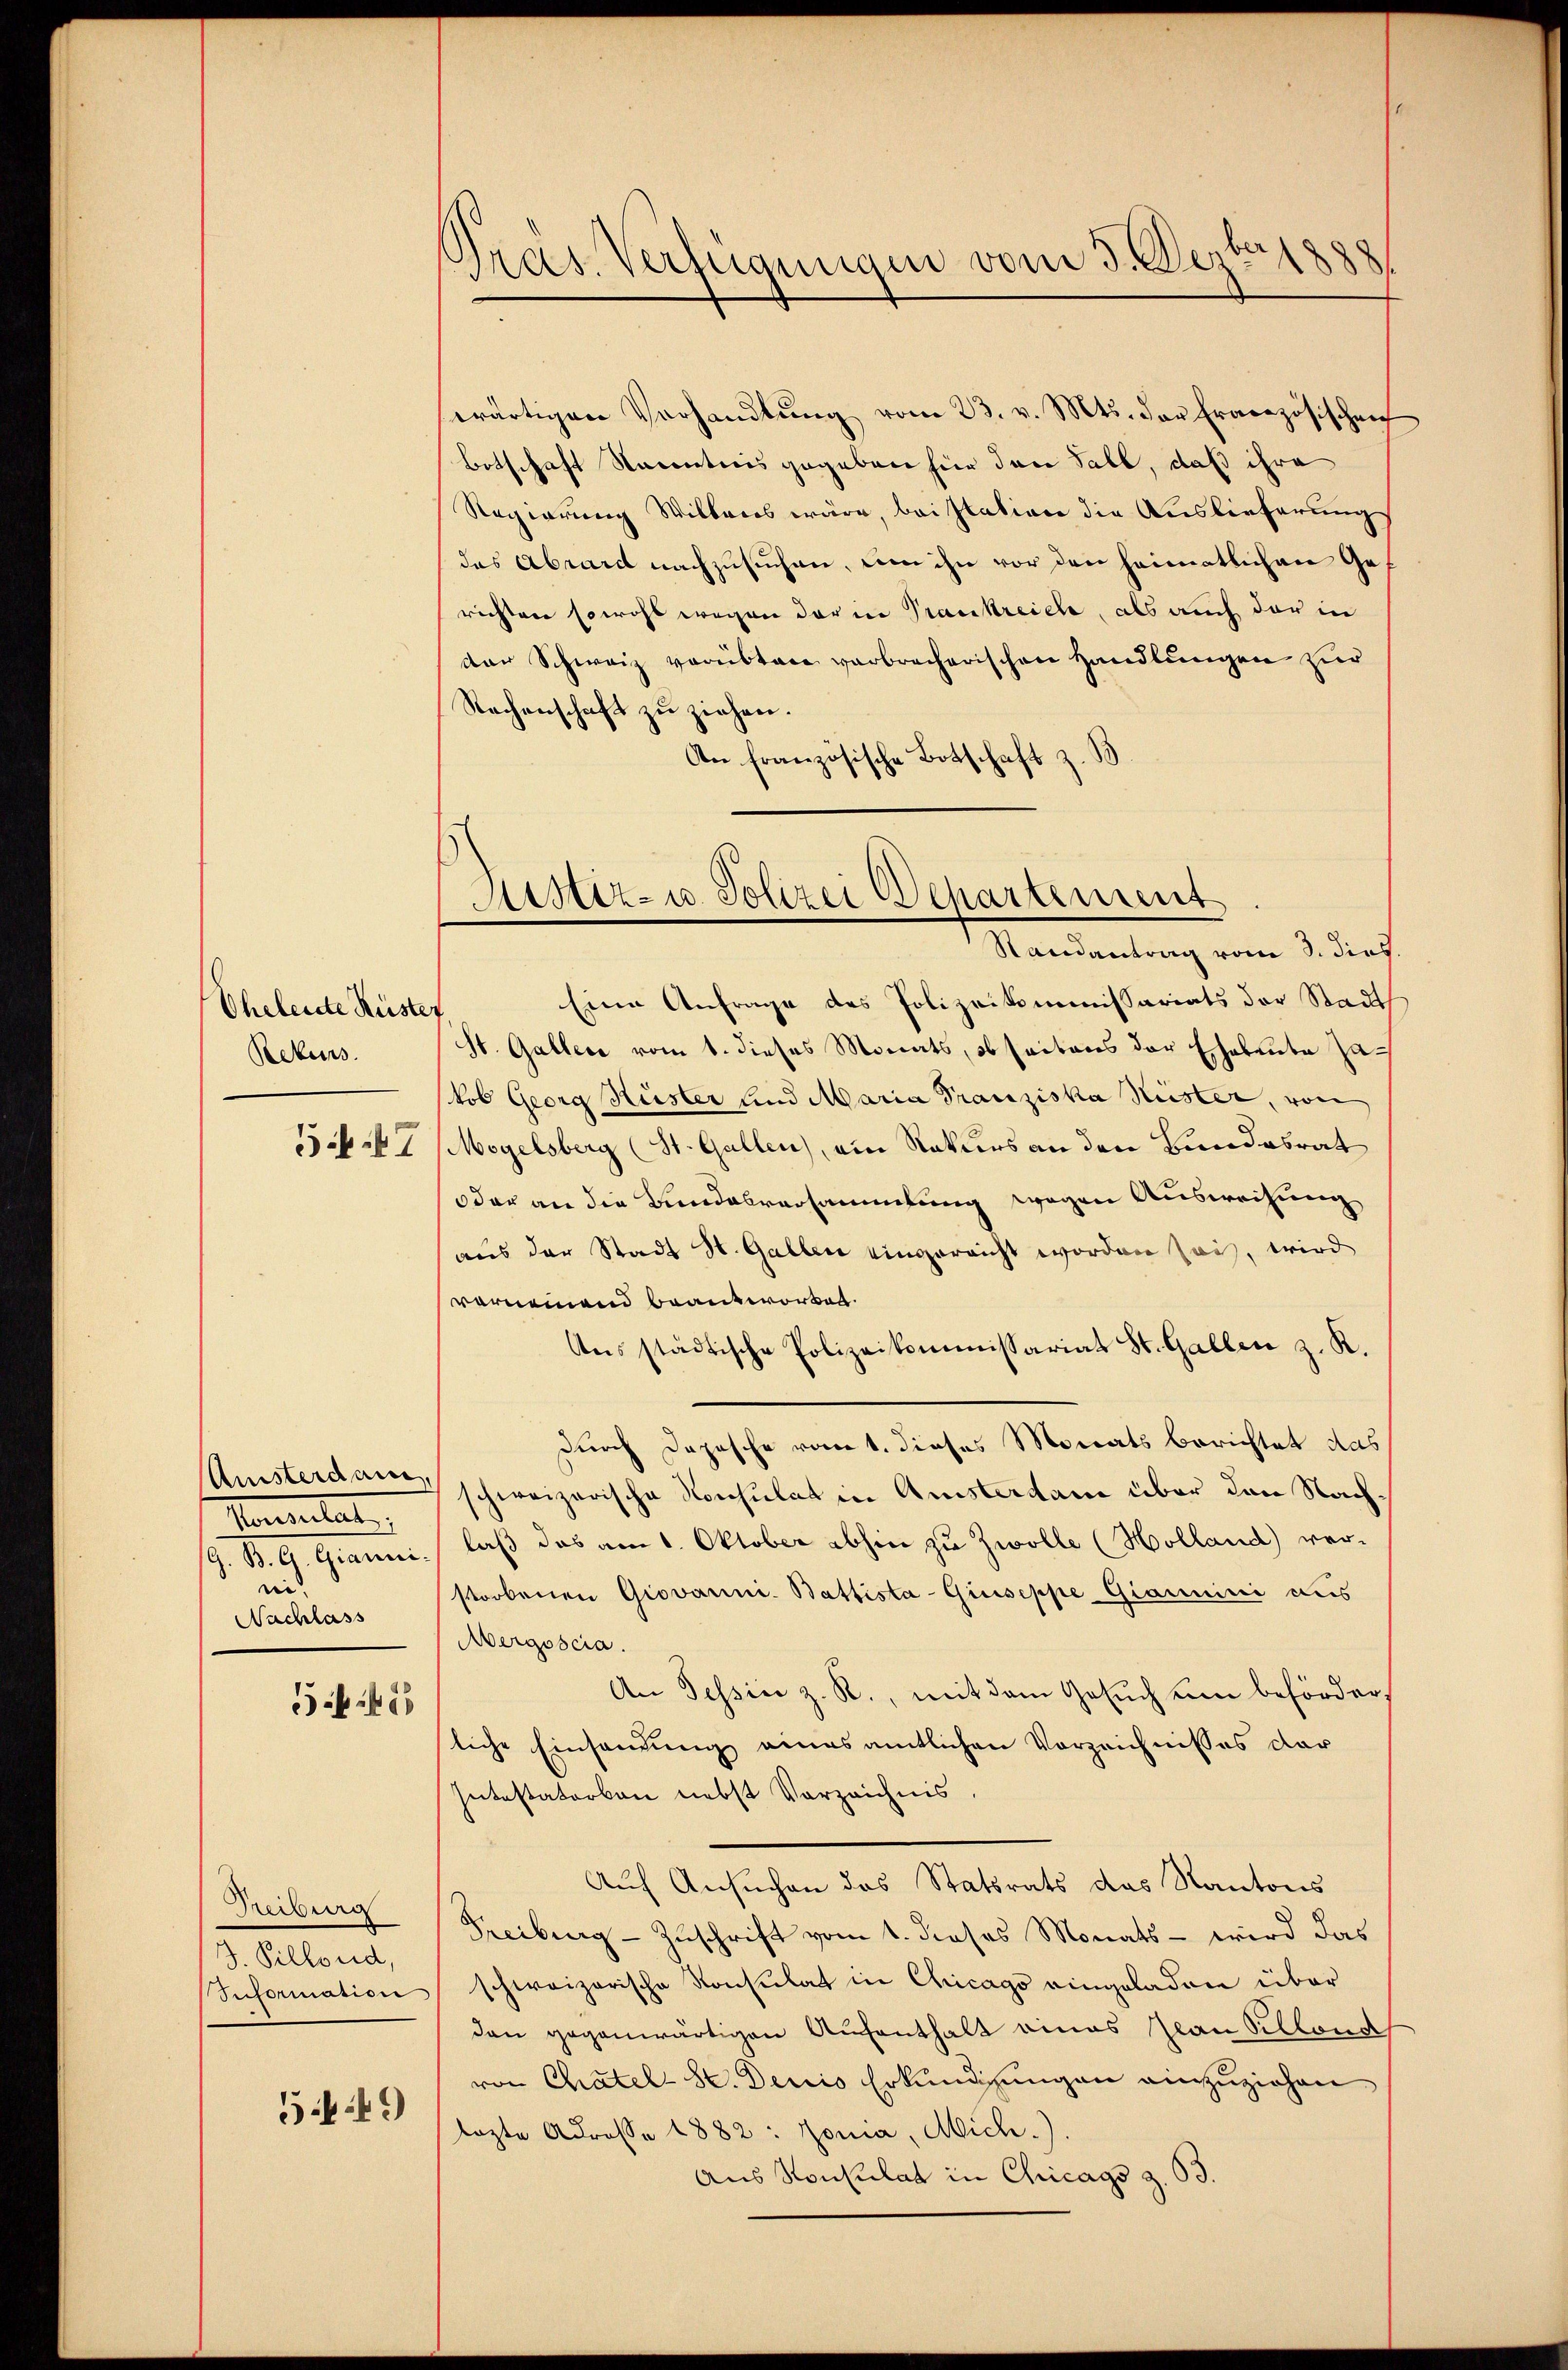
Eheleute Rüste
Rekurs
ik I

Anisterdam,
Vonsulat
G. K. A. Grauen
nn
Nachlass

455

Freiburg
B. Pillond,
Seformation

549)

wärtigen Verhandlŭng vom 23. v. Mts. der Französischen
Botschaft Nacentiis gegeben hier den Sall, daß ihre
Regierung Willens wäre, bei station die Auslieferungs
das Abrard nachzusuchen, um ihn vor den heimatlichen Gerichten sowohl wegen der in Prankreiche, als auch der in
der Schweiz verübten verbrecherischen Handlungen zur
Rachenschaft zu ziehen.
An französische Botschaft z.

.
Pras. Verfügungen vom 3. Jezt

Astiz- u Polizei Departement
Randantrag vom 3. dies

Eine Anfrage des Polizeikommissariats der Stadt
St. Galler vom 1. dieses Monats, obseitens der Eheleute Zakob Georg Küster und Maria Franziska Kister, von
Megelsberg (St. Gallen), ein Rekurs an den Bundesrat
oder an die Bundesversammlung wegen Ausweisung
aus der Stadt St. Gallen eingereicht worden sei, wird
verneinend beantworten.
Ausstädtische Polizeikommissariat St. Gallen z. R.
durch Depesche vom 1. dieses Monats berichtet das
schweizerische Konsulat in Amstertane über den Nachlaß das am 1. Oktober abhin zu Zwolle (Holland) ver-
storbenen Giovanni- Battista-Giuseppe Giammini aus
Aergoscia.
An Tessin z. R., mit dem Gesŭch um beförderliche Einsamung eines amtlichen Vorzeichnisses dar
Intestatorben nebst Vorzeichnis
Auf Ansuchen des Statsrats das Kantons
Freiburg - Zuschrift vom 1. dieses Monats - wird das
schweizerische Konsulat in Chicago eingeladen über
den gegenwärtigen Aufenthalt eines Jean Pillond
von Chatel Se. Decis Erkundigungen einzuziehen
lezte Adresse 1882: Jona, Mich.)
Aus Konsulat in Chicags Z. 63.